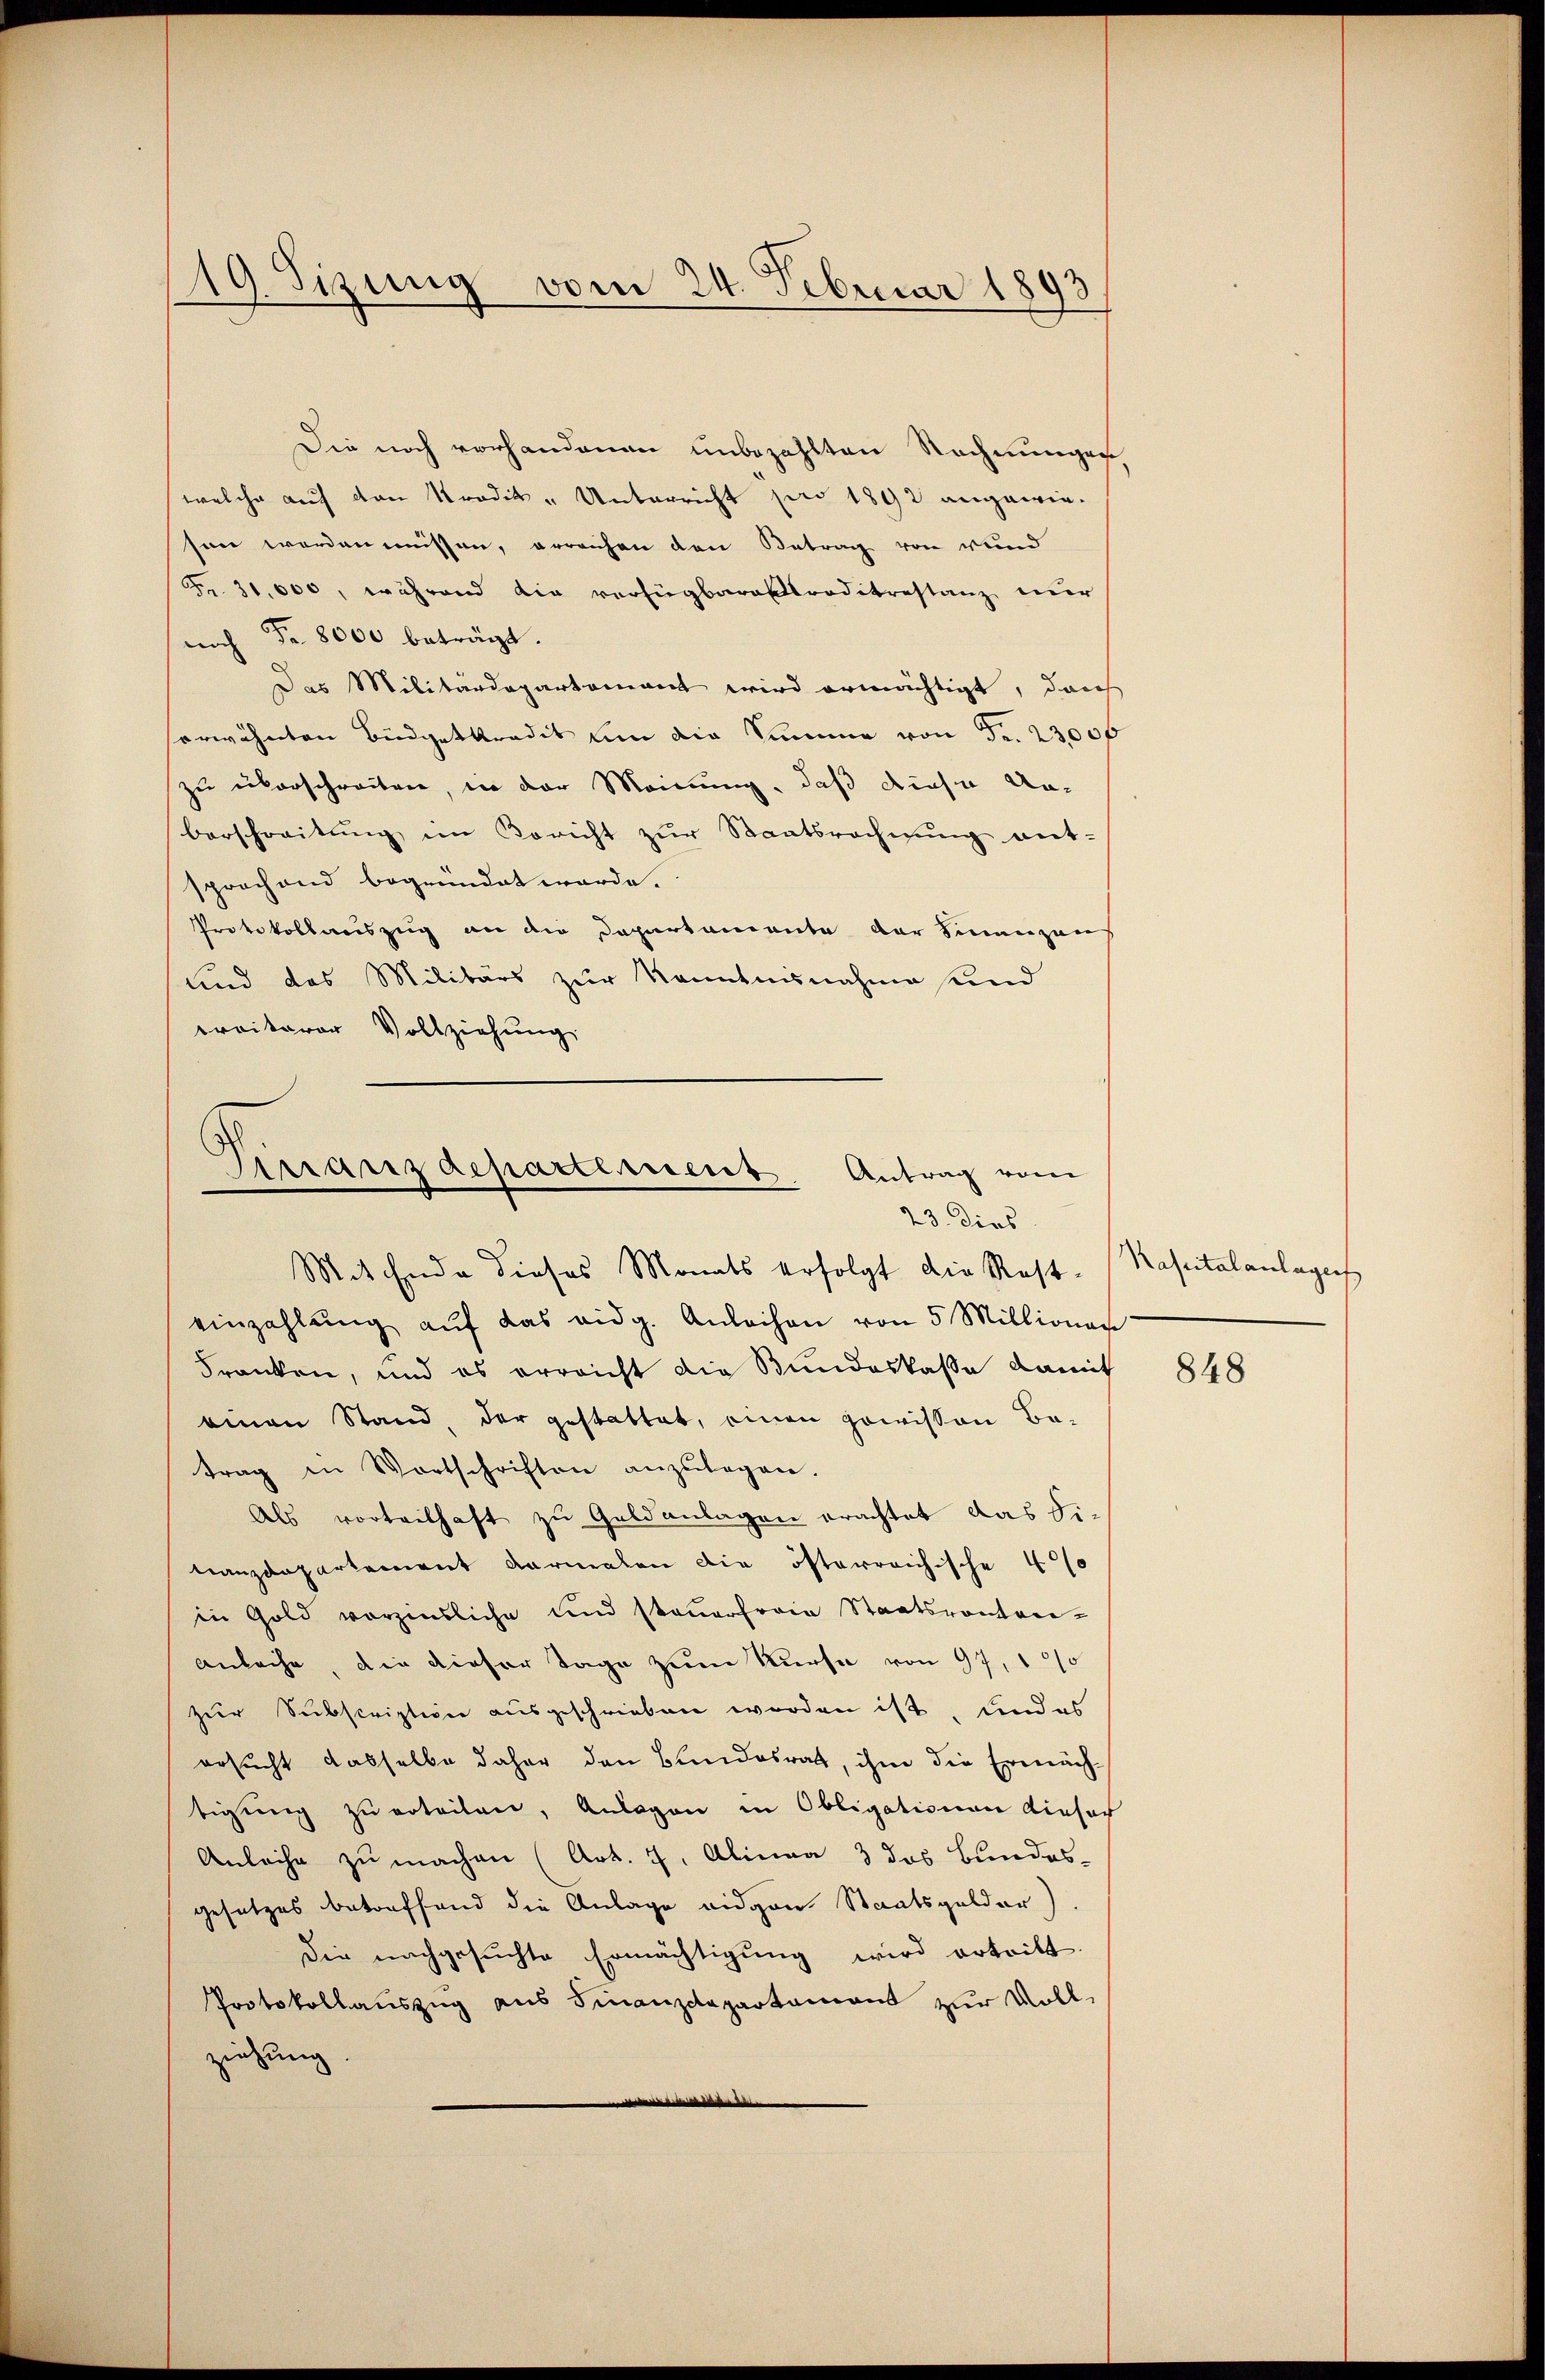
19. Sizung vom 24. Februar 1893

Die noch vorhandenen unbezahlten Rechnungen
welche auf von Tradik - Unterricht pro 1892 angewiesen worden müssen, erreichen den Betrag von wund
Fr. 31,000, während die verfügbares Croditrestanz nur
noch Fr. 8000 beträgt.
Das Militärdepartamant wird ermächtigt, dan
serwähnten Büdgetkredit um die Summe von Fr. 23,000
zu überschreiten, in der Meinung, daß diese Anberschreitung im Bericht zur Staatsrechnung ent-
sprochend begründet werde.
Protokollariszug an die Departamente der Finanzen
und das Militärs zur Kenntnisnahme und
ereiterer Vollziehung

Finanzdepartement. Antrag vom
23. dies

Mit Ende dieses Monats erfolgt die Resteinzahlŭng aŭf das eidg. Anleihen von 5 Millionar
Franken, und es erreicht die Bundeskasse damit
einen Stand der gestattet, einen gewissen Be-
trag in Wortschriften anzŭlagen.
Als vorteilhaft zu Geldanlagen erachtet das Sitanzdepartement darmalen die öfterreichische 400
in Gold vorzinsliche und steuerfreie Staatsrantre-
Anlache, die dieser Tage zum Kurse von 97, 100
zur Subscription ausgeschrieben worden ist, und es
ersucht dasselbe daher den Bundesrat, ihm die Ermächtigung zu erteilen, Anlagen in Obligationen einfach
Anläche zu machen (Art. 7. Alina 3 das Bundes-
gesetzes betreffend die Anlage eidgen Staatsgelder
Die nachgesuchte Ermächtigung wird ertritt.
Protokollauszug aus Finanzdepartament zur Voll-
ziehung

Kapitalanlagers

848